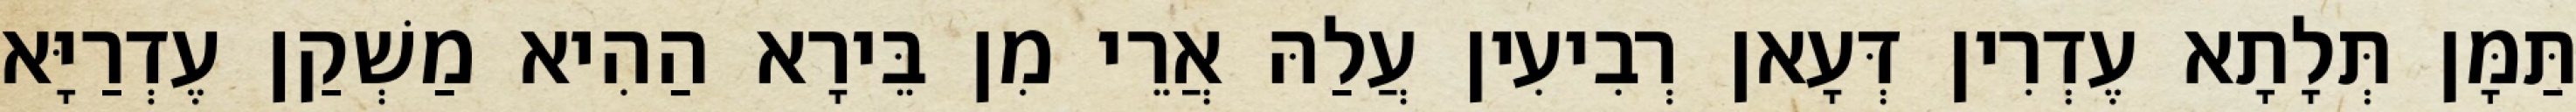
תַּמָּן תְּלָתָא עֶדְרִין דְּעָאן רְבִיעִין עֲלַהּ אֲרֵי מִן בֵּירָא הַהִיא מַשְׁקַן עֶדְרַיָּא